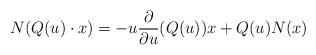
LaTeX: \begin{align*}N(Q(u)\cdot x)=-u\frac{\partial}{\partial u}(Q(u))x+ Q(u) N(x)\end{align*}